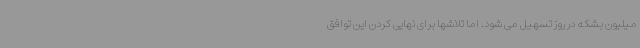
میلیون بشکه در روز تسهیل می شود. اما تلاشها برای نهایی کردن این توافق